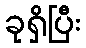
ခုရှိပြီး